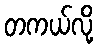
တကယ်လို့